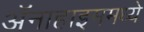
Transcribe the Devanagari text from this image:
ॲनाहाइममध्ये